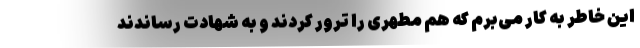
این خاطر به کار می‌برم که هم مطهری را ترور کردند و به شهادت رساندند